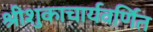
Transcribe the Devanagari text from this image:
श्रीशुकाचार्यवर्णित